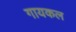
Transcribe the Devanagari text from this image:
गायकल